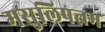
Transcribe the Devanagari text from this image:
मसुलिपत्नम